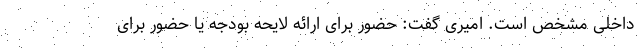
داخلی مشخص است. امیری گفت: حضور برای ارائه لایحه بودجه یا حضور برای